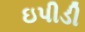
ઇપીડી